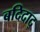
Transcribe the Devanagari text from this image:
बदिदाद्